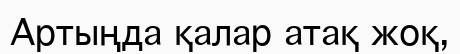
Артыңда қалар атақ жоқ,